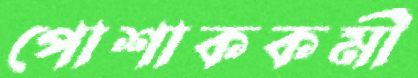
পোশাককর্মী